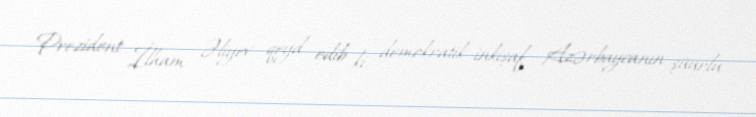
Prezident İlham Əliyev qeyd edib ki, demokratik inkişaf Azərbaycanın şüurlu